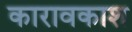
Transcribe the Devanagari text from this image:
कारावकाश